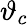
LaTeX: \vartheta_{c}